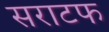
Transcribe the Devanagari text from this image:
सराटफ